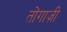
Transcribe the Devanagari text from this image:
तोंगाज़ी